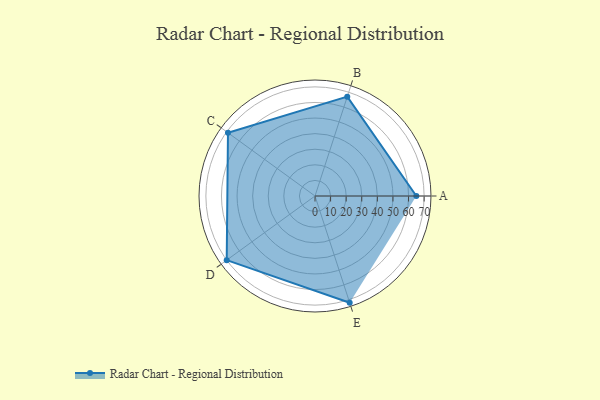
{"axis": {"x": "Skill", "y": "Score"}, "legend": ["Profile"], "data": [{"x": "A", "y": 65.0, "type": "Profile"}, {"x": "B", "y": 67.0, "type": "Profile"}, {"x": "C", "y": 69.0, "type": "Profile"}, {"x": "D", "y": 70.0, "type": "Profile"}, {"x": "E", "y": 72.0, "type": "Profile"}]}